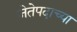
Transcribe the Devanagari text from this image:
जेतेपदाच्या